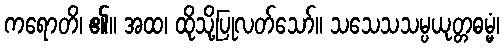
ကရောတိ၊ ၏။ အထ၊ ထိုသို့ပြုလတ်သော်။ သသေသသမ္ပယုတ္တဓမ္မံ၊